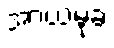
အာယမုခံ